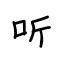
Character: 听